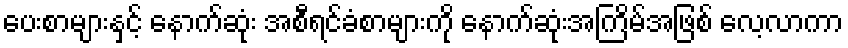
ပေးစာများနှင့် နောက်ဆုံး အစီရင်ခံစာများကို နောက်ဆုံးအကြိမ်အဖြစ် လေ့လာကာ